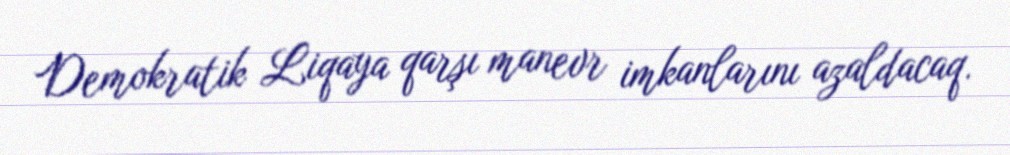
Demokratik Liqaya qarşı manevr imkanlarını azaldacaq.